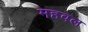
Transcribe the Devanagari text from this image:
महवल